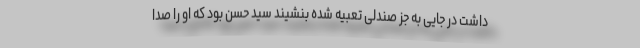
داشت در جایی به جز صندلی تعبیه شده بنشیند سید حسن بود که او را صدا